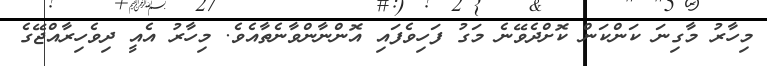
މިހާރު މާގިނަ ކަންކަން ކޮށްދެވޭނެ މަގު ފަހިވެފައި އޮންނާންވާނެތާއެވެ. މިހާރު އެއީ ދިވެހިރާއްޖޭގެ